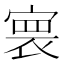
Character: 𡩲